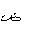
Letter: _dad